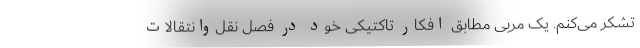
تشکر می‌کنم. یک مربی مطابق افکار تاکتیکی خود در فصل نقل‌وانتقالات